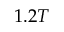
1 . 2 T